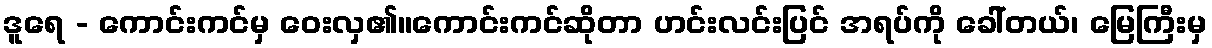
ဒူရေ - ကောင်းကင်မှ ဝေးလှ၏။ကောင်းကင်ဆိုတာ ဟင်းလင်းပြင် အရပ်ကို ခေါ်တယ်၊ မြေကြီးမှ